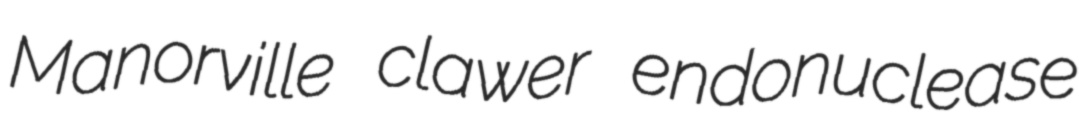
Manorville clawer endonuclease